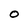
Character: 0